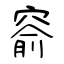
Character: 窬